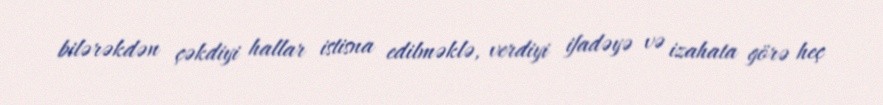
bilərəkdən çəkdiyi hallar istisna edilməklə, verdiyi ifadəyə və izahata görə heç